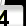
Digit: 3